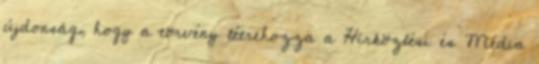
újdonság, hogy a törvény létrehozza a Hírközlési és Média